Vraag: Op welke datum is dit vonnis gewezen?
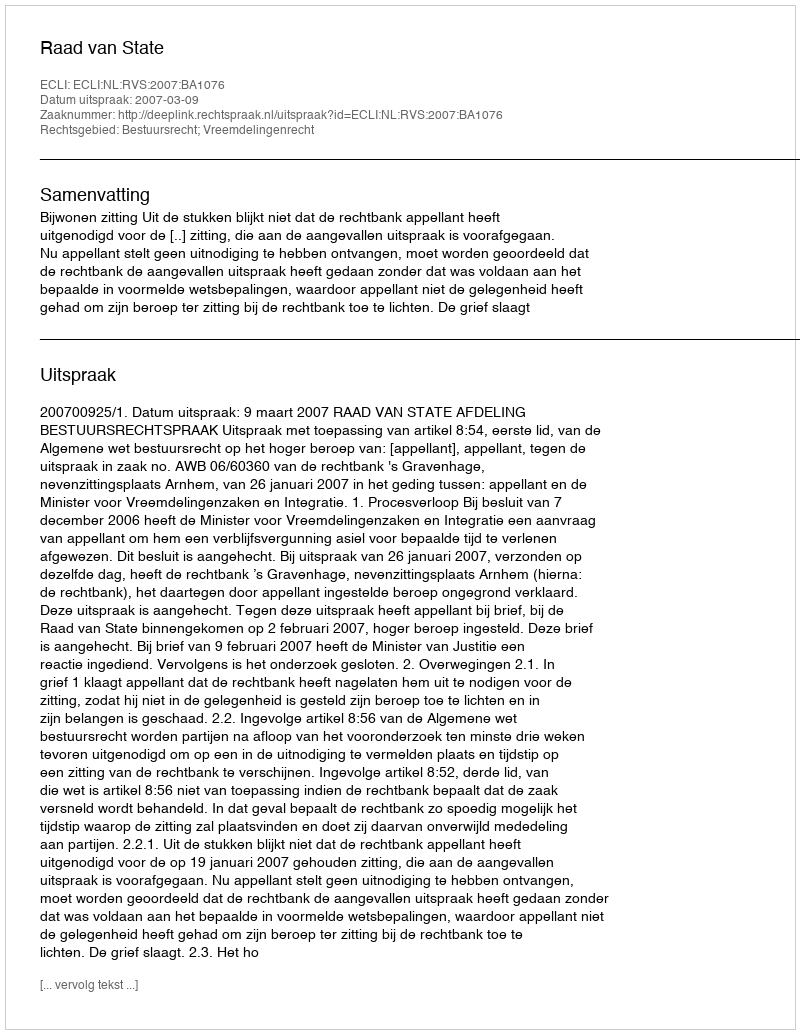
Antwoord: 2007-03-09